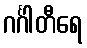
ဂင်္ဂါတီရေ